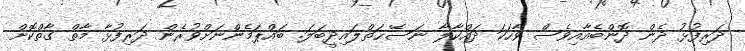
ދަރިފުޅު ދެން ދޮންބެއާއިވެސް ވާހަކަ ދައްކާލާ ނަސޭޙަތްލައިދީބަލަ. ބައްޕަމެންނަށްވުރެން ދަރިފުޅާ މާތް ގާތްކޮށް